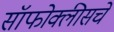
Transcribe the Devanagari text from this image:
सॉफोक्लीसचे